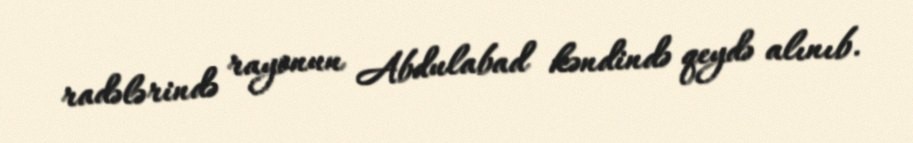
radələrində rayonun Abdulabad kəndində qeydə alınıb.